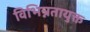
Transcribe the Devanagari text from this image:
विभिन्नतायुक्त